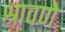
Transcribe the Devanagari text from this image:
श्रावणे